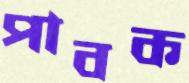
পাবক